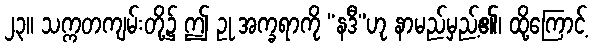
၂၃။ သက္ကတကျမ်းတို့၌ ဤ ဥု အက္ခရာကို “နဒီ”ဟု နာမည်မှည့်၏၊ ထို့ကြောင့်